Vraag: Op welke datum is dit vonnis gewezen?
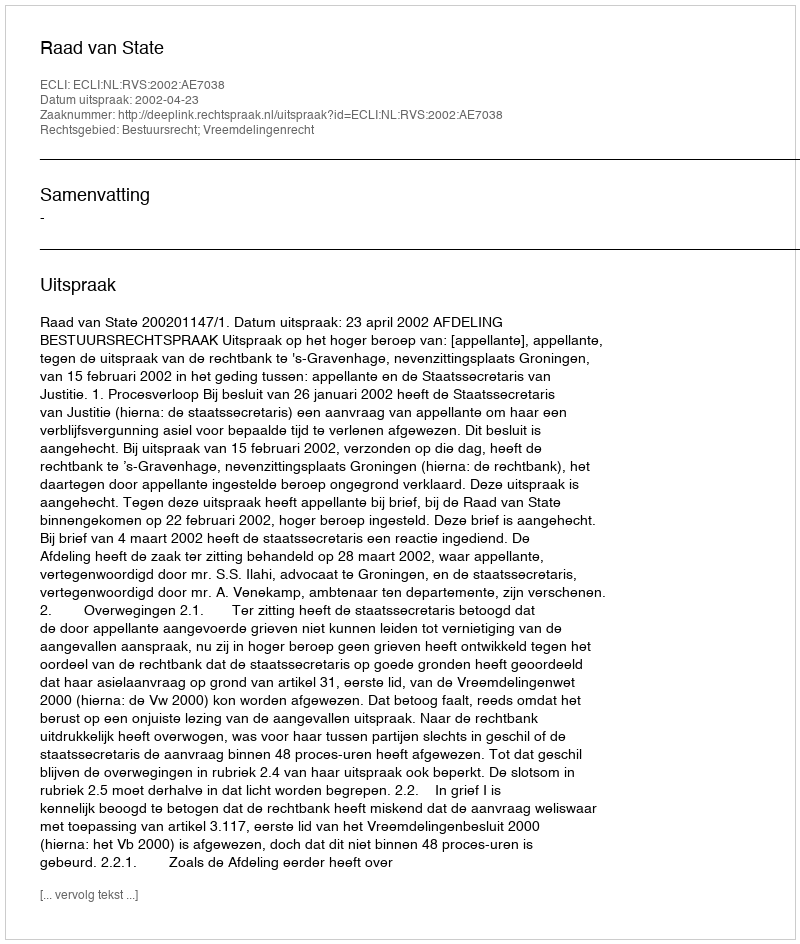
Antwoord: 2002-04-23